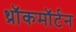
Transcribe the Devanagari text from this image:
थ्रॉकमॉर्टन